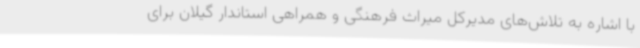
با اشاره به تلاش‌های مدیرکل میراث فرهنگی و همراهی استاندار گیلان برای